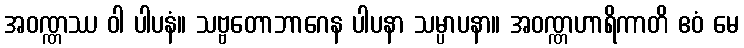
အဝဏ္ဏဿ ဝါ ပါပနံ။ သဗ္ဗတောဘာဂေန ပါပနာ သမ္ပာပနာ။ အဝဏ္ဏဟာရိကာတိ ဧဝံ မေ